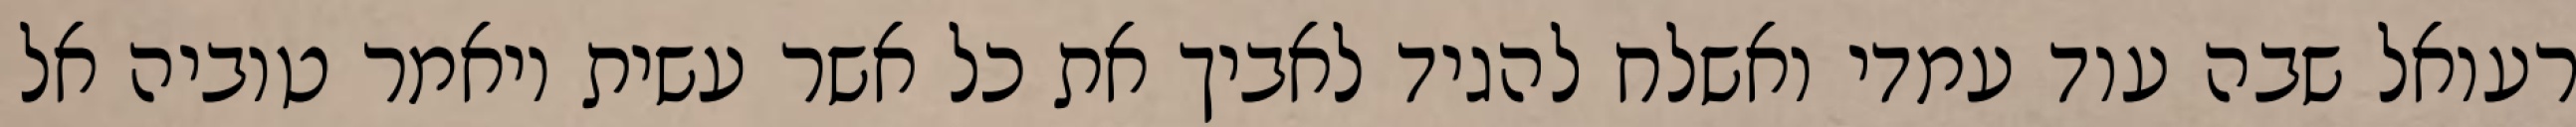
רעואל שבה עוד עמדי ואשלח להגיד לאביך את כל אשר עשית ויאמר טוביה אל